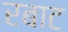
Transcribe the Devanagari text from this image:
रबाट